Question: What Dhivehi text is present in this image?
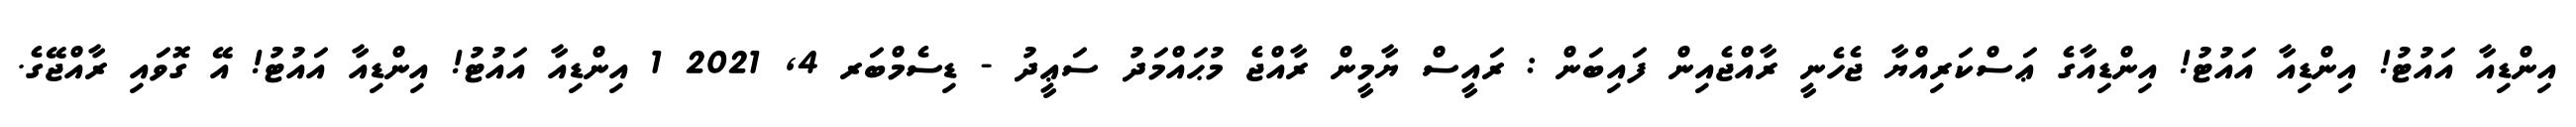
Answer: އިންޑިއާ އައުޓު! އިންޑިއާ އައުޓު! އިންޑިއާގެ ޢަސްކަރިއްޔާ ޖެހެނީ ރާއްޖެއިން ފައިބަން : ރައީސް ޔާމީން ރާއްޖެ މުޙައްމަދު ސަޢީދު - ޑިސެމްބަރ 4, 2021 1 އިންޑިއާ އައުޓު! އިންޑިއާ އައުޓު! އޭ ގޮވައި ރާއްޖޭގެ.